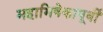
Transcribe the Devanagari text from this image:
महाभिषेकापूर्वी